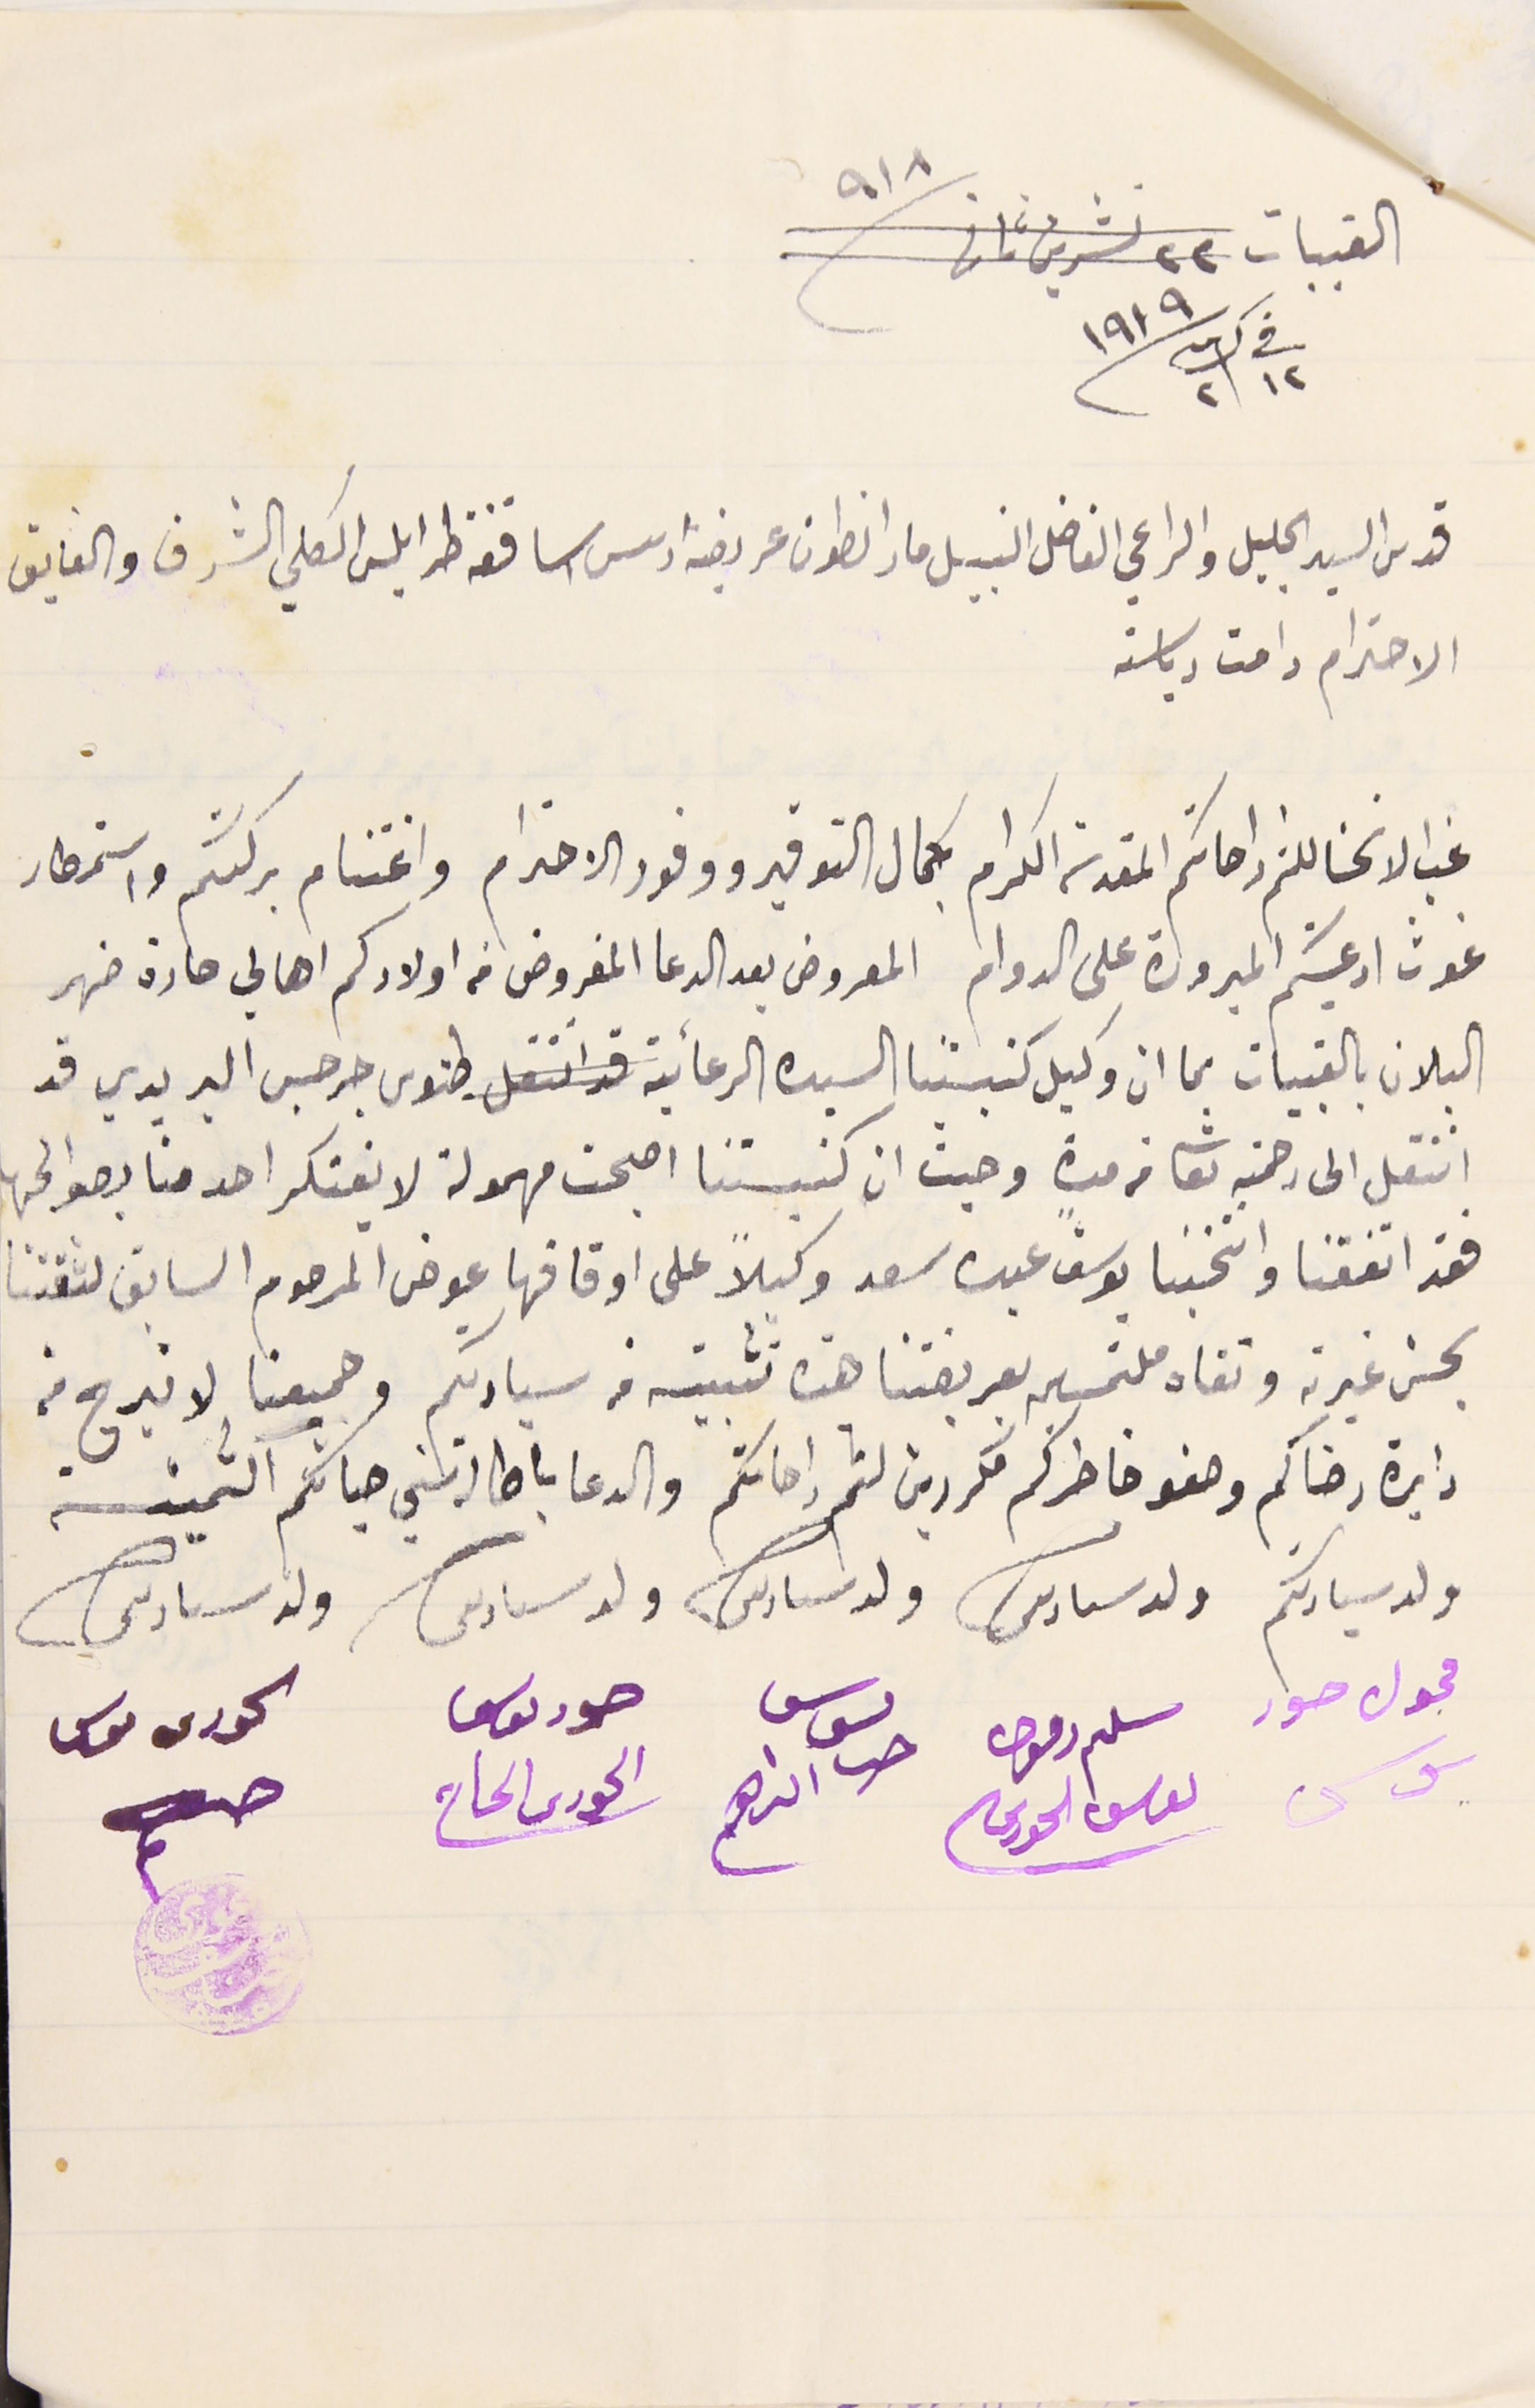
القبيات ٢٢ تشرين ثانى ١٩١٨
فى ١٢ ك٢ ١٩١٩
قدس السيد الجليل والراعي الفاضل النبيل مار انطون عريضه رىس اساقفة طرابلس الكلي الشرف والفايق
الاحترام دامت رياستة
غب الانحنا للثم راحاتكم المقدسة الكرام بكمال التوفير ووفور الاحترام واغتنام بركتكم واستمطار
غوث ادعيتكم المبرورة على الدوام المعروض بعد الدعا المفروض من اولادكم اهالي حارة ضهر
البلان بالقبيات بما ان وكيل كنيستنا السيده الرعائية قد انتقل طنوس جرجس البريدي قد
انتقل الى رحمته تعالى من مدةٍ وحيث ان كنيستنا اصبحت مهمولة لا يفتكر احد منا بصوالحها
فقد اتفقنا وانتخبنا يوسف عبده سعد وكيلاً على اوقافها عوض المرحوم السابق لثقتنا
بحسن غيرته وتقاه ملتمسين بعريضتنا هذه تثبيته من سيادتكم وجميعنا لا نبرح منه
دايرة رضاكم وصفو خاطركم مكررين لثم راحاتكم والدعا باطالة سني حياتكم الثمينة
ولد سيادتكم ولد سىادىكم ولد سىادىكم ولد سىادىكم ولد سىادىكم
محول حور                     سلىم دفون                               ىوسف حىا                حود ىوسف                           الحورى موسى
يوسى                                 ىوسف الحورى                          اىراهم                    الحورى الحاج